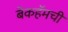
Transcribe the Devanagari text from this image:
बेकहॅमची